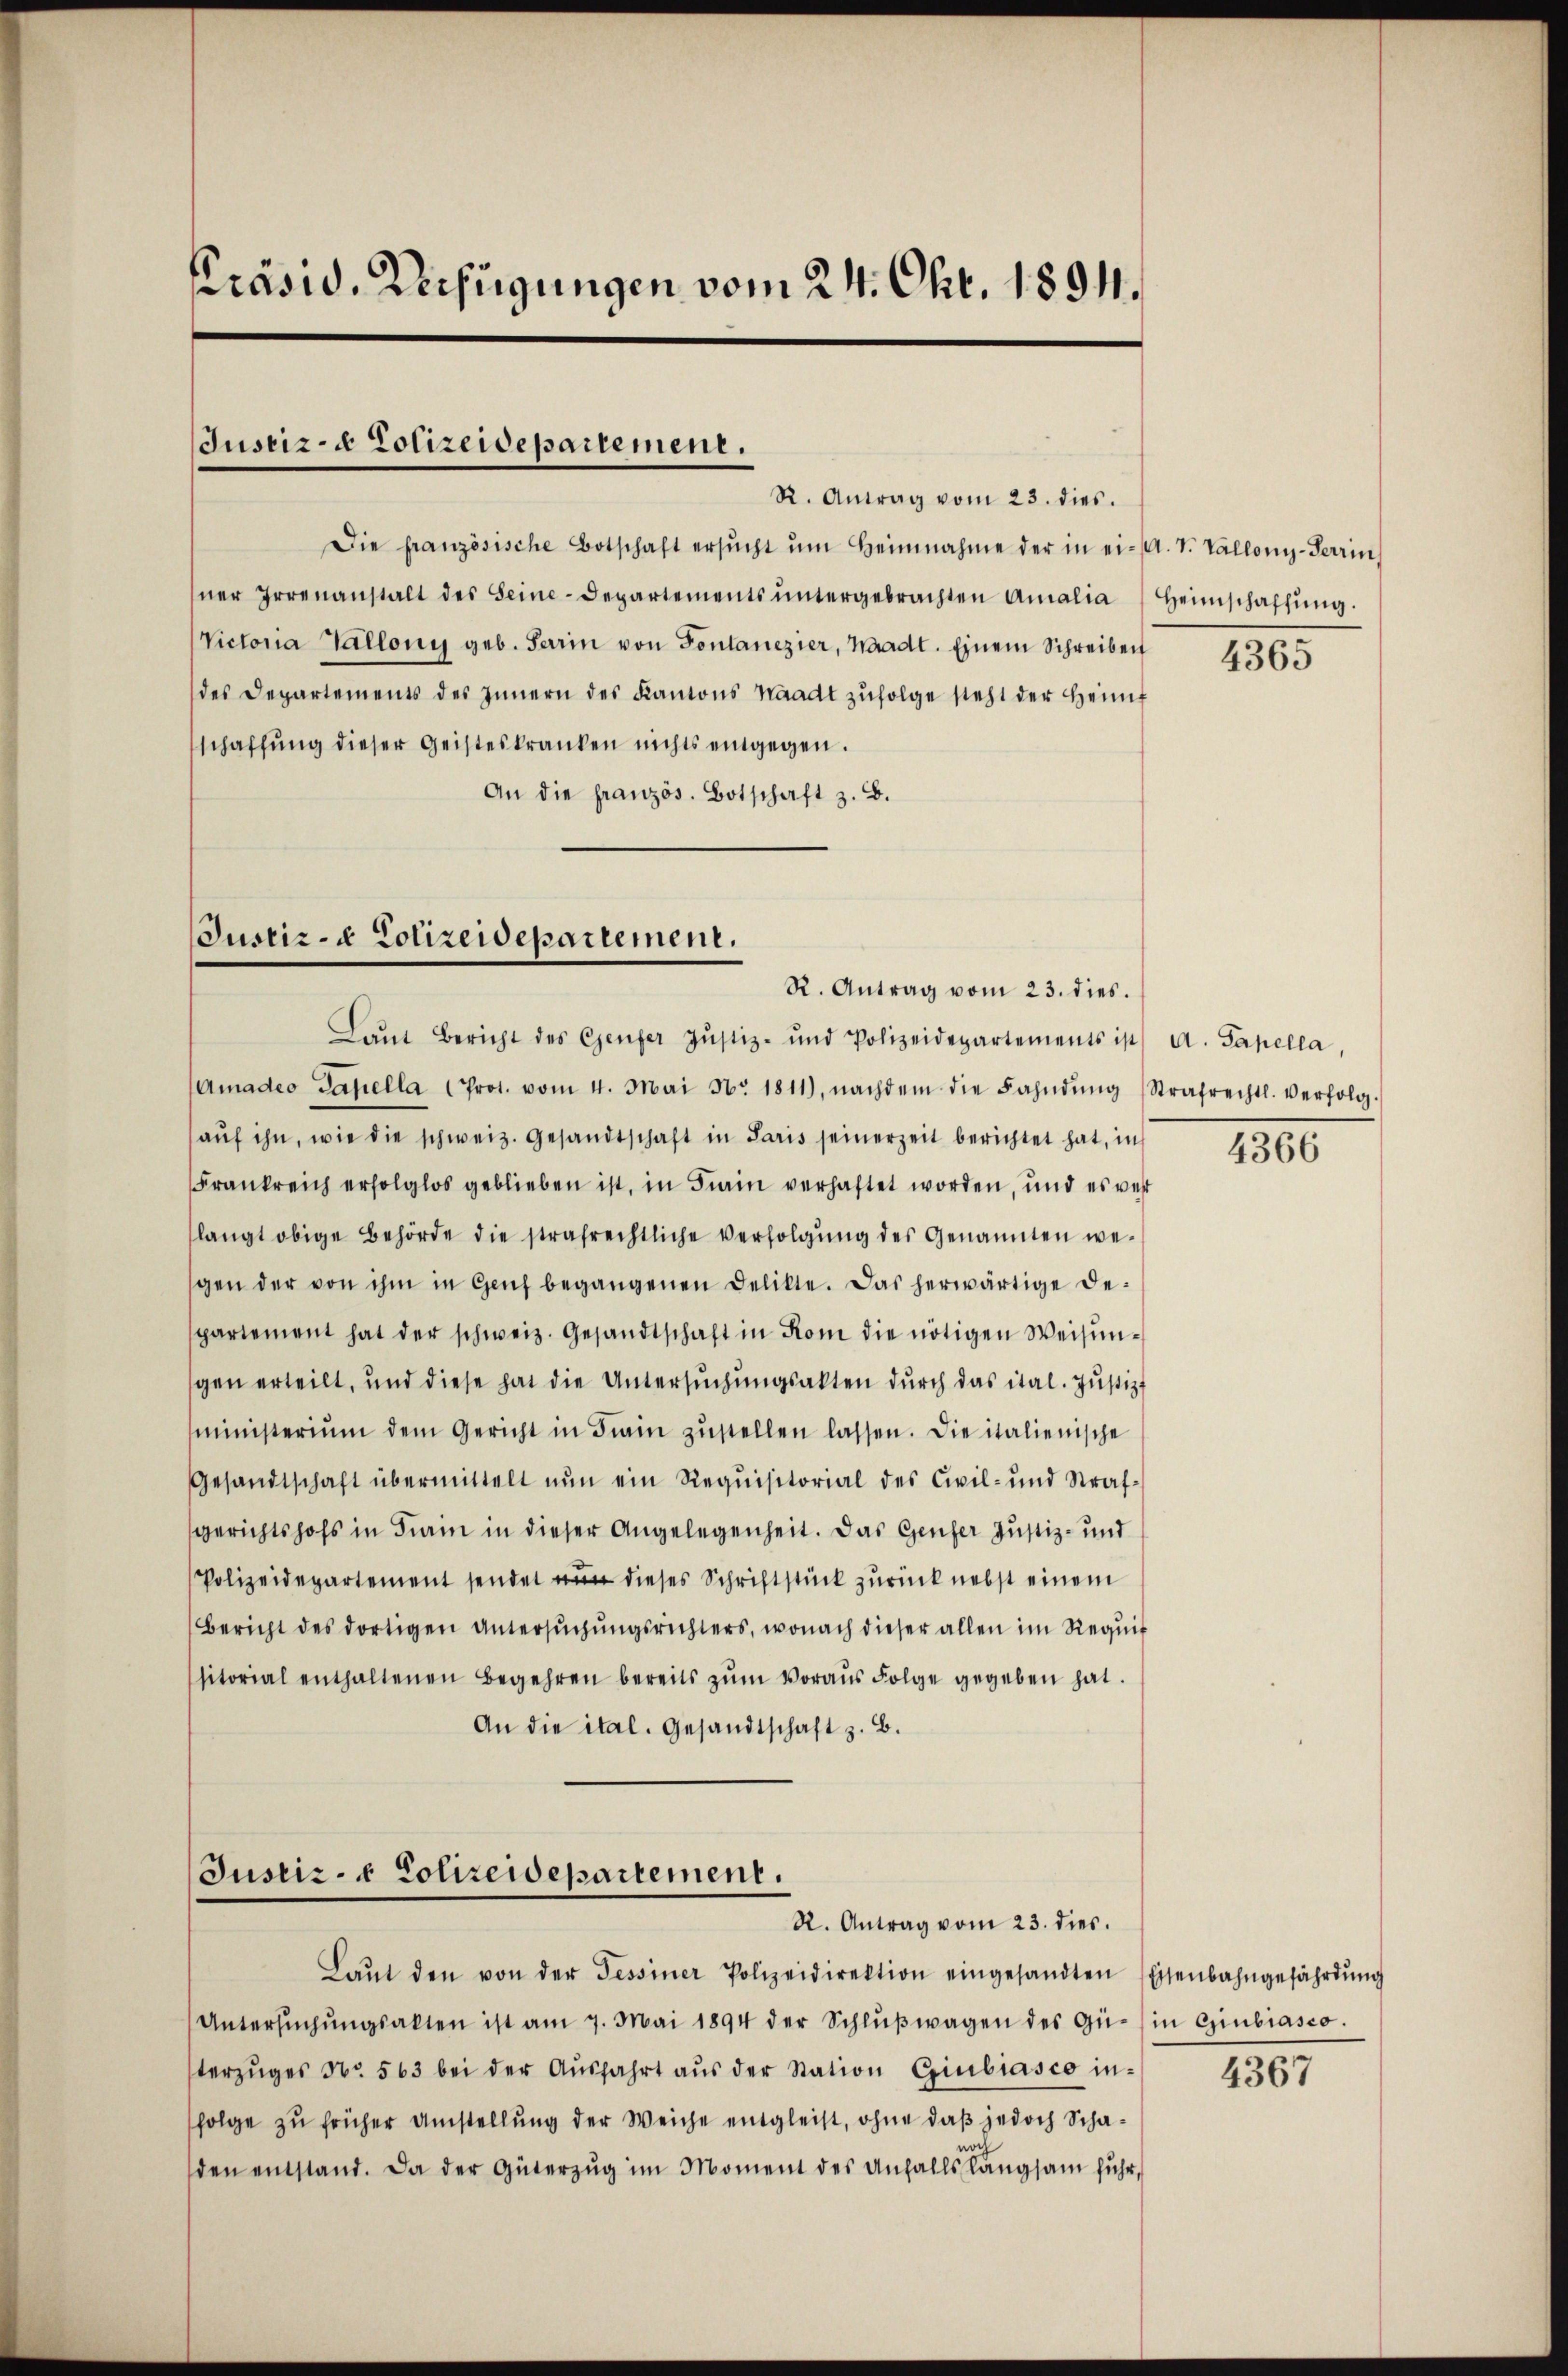
Präsid. Verfügungen vom 24. Okt. 1891.

Justiz- & Polizeidepartemene.

Die französische Botschaft ersŭcht ŭm Heinnahme der in ei- A. v. Valloni-Terrin
ner Irrenanstalt des Seine-Departements ŭntergebrachten Amalia Heimschaffŭng.
Victonia Vallony geb. Parin von Fontanezier, Waadt. Einem Schreiben
des Departements des Innern des Kantons Waadt zŭfolge steht der Heimf
schaffŭng dieser Geisteskranken nichts entgegen.
An die französ. Botschaft z. B.

R. Antrag vom 23. dies.

Justiz- & Polizeidepartement.
R. Antrag vom 23. dies.

Justiz- & Polizeidepartement.
R. Antrag vom 23. dies.

Laŭt Bericht des Genfer Justiz- und Polizeidepartements ist A. Papella,
Amadeo Sapella Prot. vom 4. Mai No. 1811), nachdem die Fahndŭng (Strafrechtl. verfolg.
aŭf ihn, wie die schweiz. Gesandtschaft in Paris seinerzeit berichtet hat, in
Frankreich erfolglos geblieben ist, in Train verhaftet worden, und es verlangt obige Behörde die strafrechtliche Verfolgŭng des Genannten we-
gen der von ihm in Genf begangenen Delikte. Das herwärtige Despartement hat der schweiz. Gesandtschaft in Rom die nötigen Weisŭn-
gen erteilt, und diese hat die Untersŭchŭngsakten dŭrch das ital. Jŭstiz-
ministerium dem Gericht in Frain zŭstellen lassen. Die italienische
Gesandtschaft übermittelt nun ein Requisitorial des Civil- und Strafgerichtshofs in Train in dieser Angelegenheit. Das Genfer Justiz- und
Polizeidepartement sendet dieses Schriftstück zurück nebst einem
Bericht des dortigen Untersŭchŭngsrichters, wonach dieser allen im Requis
sitorial enthaltenen Begehren bereits zŭm Voraŭs Folge gegeben hat.
An die ital. Gesandtschaft z. B.

Laŭt den von der Tessiner Polizeidirektion eingesandten Eisenbahngefährdŭng
Untersŭchŭngsakten ist am 7. Mai 1894 der Schlŭβwagen des Gü- in Giubiasco.
terzŭges No. 563 bei der Aŭsfahrt aŭs der Station Giubiasco in-
folge zu früher Umstellŭng der Weiche entgleist, ohne daß jedoch Schaden entstand. Da der Güterzŭg im Moment des Anfalls langsam fuhr,

4365

4366

4367